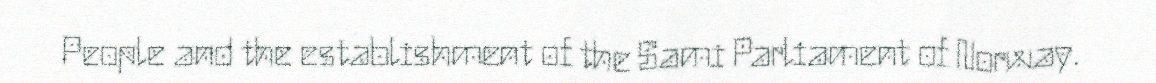
People and the establishment of the Sami Parliament of Norway.